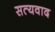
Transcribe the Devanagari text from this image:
सत्यवाद